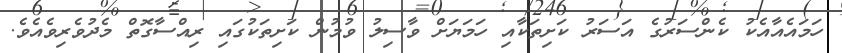
ހަމައެއާއެކު ކެންސަރުގެ އަސަރު ކަށިތަކާއި ހަމަޔަށް ވާސިލު ވުމުން ކަށިތަކުގައި ރިއްސާގޮތް މެދުވެރިވެއެވެ.